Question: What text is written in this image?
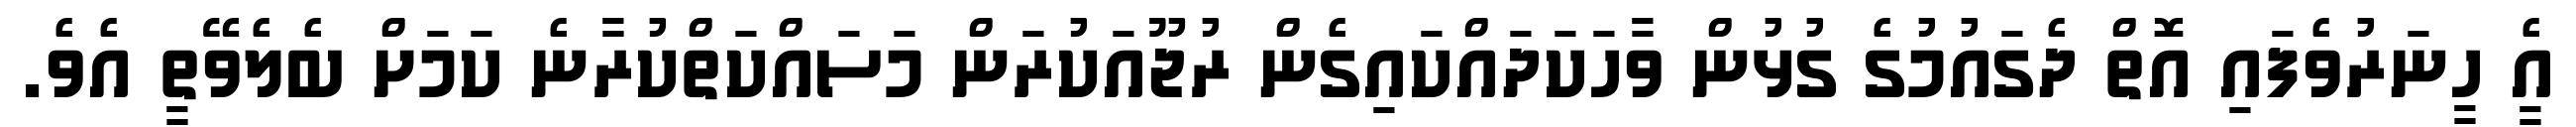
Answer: އެީ ހީނަރުވެފައި އޮތް ދެގައުމުގެ ގުޅުން ވާހަކަދައްކައިގެން ރުޖޫއަކުރަން މަސައްކަތްކުރާނެ ކަމަށް ބެލެވޭތީ އެވެ.